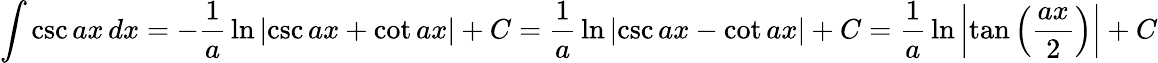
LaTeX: \int\csc{ax}\, dx=-{\frac{1}{a}}\ln{\left|\csc{ax}+\cot{ax}\right|}+C={\frac{1}{a}}\ln{\left|\csc{ax}-\cot{ax}\right|}+C={\frac{1}{a}}\ln{\left|\tan{\left({\frac{ax}{2}}\right)}\right|}+C